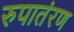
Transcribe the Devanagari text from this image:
रुपातंरण